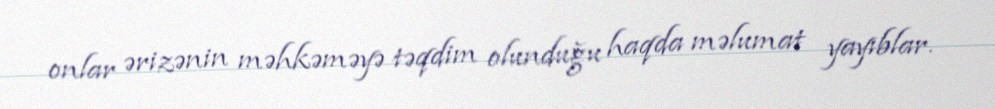
onlar ərizənin məhkəməyə təqdim olunduğu haqda məlumat yayıblar.